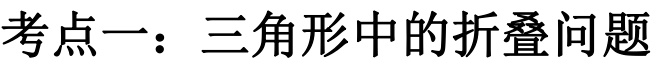
考点一：三角形中的折叠问题